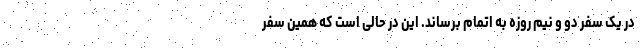
در یک سفر دو و نیم روزه به اتمام برساند. این در حالی است که همین سفر